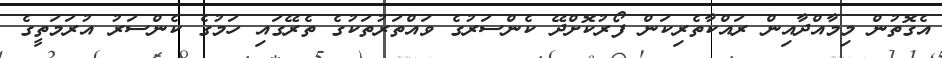
އެގޮތުން މިމާއްދާއިން ރައްކާތެރިކަން ފޯރުކޮށްދޭ ކެންސަރުގެ ވައްތަރުތަކުގެ ތެރޭގައި ހަމުގެ ކެންސަރު އުރަމަތީގެ